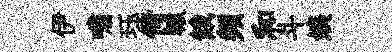
伊嘯珏倚轅餓頻和斗姨